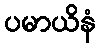
ပမာယိနံ